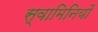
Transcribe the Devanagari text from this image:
स्वामिनियों